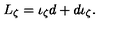
L _ { \zeta } = \iota _ { \zeta } d + { d \iota } _ { \zeta } .